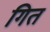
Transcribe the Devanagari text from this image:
गित